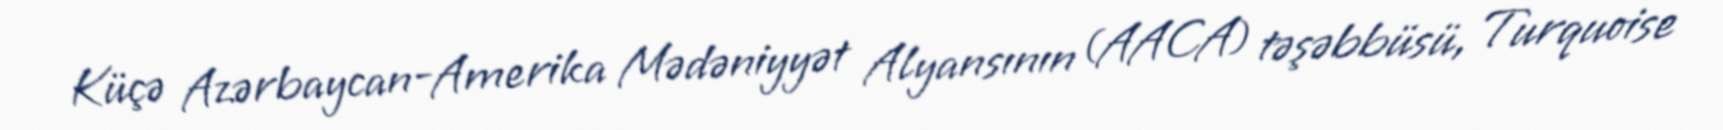
Küçə Azərbaycan-Amerika Mədəniyyət Alyansının (AACA) təşəbbüsü, Turquoise